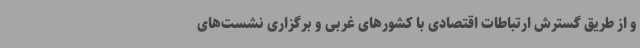
و از طریق گسترش ارتباطات اقتصادی با کشورهای غربی و برگزاری نشست‌های